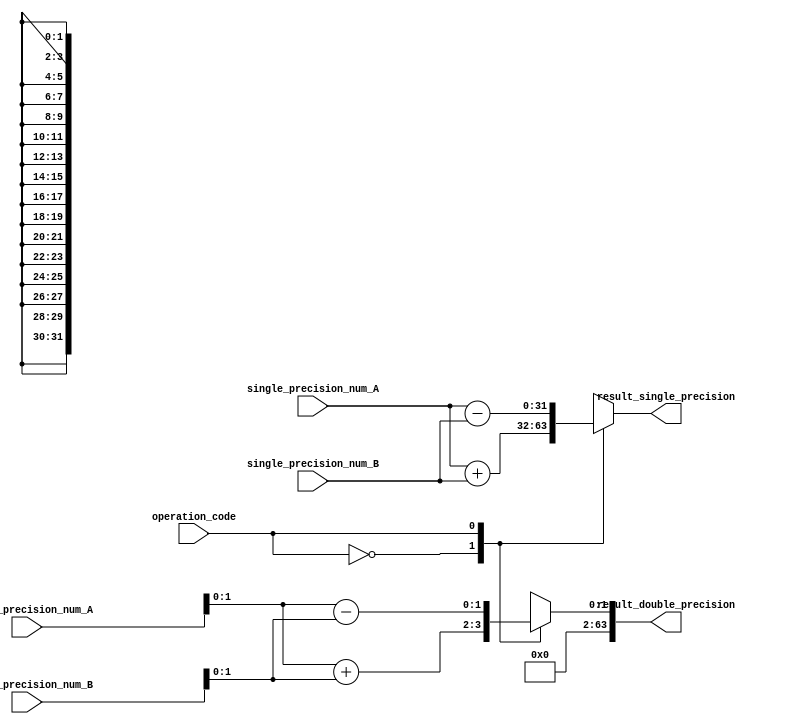
module mixed_precision_unit (
    input wire [31:0] single_precision_num_A,
    input wire [63:0] double_precision_num_A,
    input wire [31:0] single_precision_num_B,
    input wire [63:0] double_precision_num_B,
    input wire operation_code, // 0 for addition, 1 for subtraction, 2 for multiplication, 3 for division
    output reg [31:0] result_single_precision,
    output reg [63:0] result_double_precision
);

reg [31:0] temp_single_precision_result;
reg [1:0] temp_double_precision_result;

always @ (single_precision_num_A, single_precision_num_B, double_precision_num_A, double_precision_num_B, operation_code) begin
    case(operation_code)
        0: begin // Addition
            temp_single_precision_result = single_precision_num_A + single_precision_num_B;
            temp_double_precision_result = double_precision_num_A + double_precision_num_B;
        end
        1: begin // Subtraction
            temp_single_precision_result = single_precision_num_A - single_precision_num_B;
            temp_double_precision_result = double_precision_num_A - double_precision_num_B;
        end
        2: begin // Multiplication
            temp_single_precision_result = single_precision_num_A * single_precision_num_B;
            temp_double_precision_result = double_precision_num_A * double_precision_num_B;
        end
        3: begin // Division
            temp_single_precision_result = single_precision_num_A / single_precision_num_B;
            temp_double_precision_result = double_precision_num_A / double_precision_num_B;
        end
        default: begin
            temp_single_precision_result = 0;
            temp_double_precision_result = 0;
        end
    endcase
end

always @* begin
    result_single_precision = temp_single_precision_result;
    result_double_precision = temp_double_precision_result;
end

endmodule